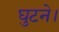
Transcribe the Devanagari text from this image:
घुटने।